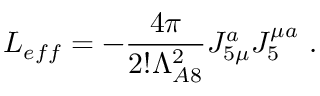
{ \cal L } _ { e f f } = - { \frac { 4 \pi } { 2 ! \Lambda _ { A 8 } ^ { 2 } } } J _ { 5 \mu } ^ { a } J _ { 5 } ^ { \mu a } \ .